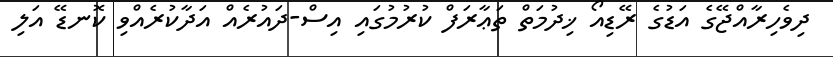
ދިވެހިރާއްޖޭގެ އަޑުގެ ރޭޑިއޯ ޚިދުމަތް ތަޢާރަފް ކުރުމުގައި އިސް-ދައުރެއް އަދާކުރެއްވި ކޮނޑޭ އަލި